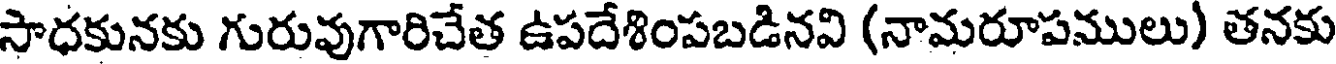
సాధకునకు గురువుగారిచేత ఉపదేశింపబడినవి (నామరూపములు) తనకు